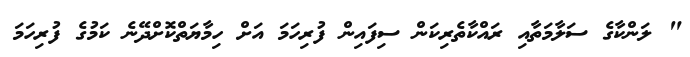
" ލަންކާގެ ސަލާމަތާއި ރައްކާތެރިކަން ސިފައިން ފުރިހަމަ އަށް ހިމާޔަތްކޮށްދޭނެ ކަމުގެ ފުރިހަމަ